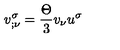
v _ { ; \nu } ^ { \sigma } = \frac { \Theta } { 3 } v _ { \nu } u ^ { \sigma }